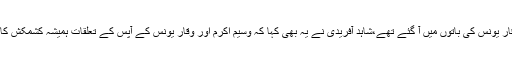
اعجاز بٹ وقار یونس کی باتوں میں آ گئے تھے،شاہد آفریدی نے یہ بھی کہا کہ وسیم اکرم اور وقار یونس کے آپس کے تعلقات ہمیشہ کشمکش کا شکار رہے۔